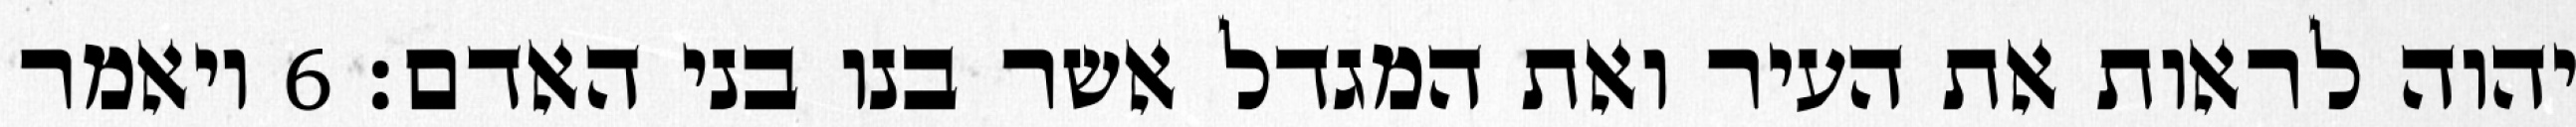
יהוה לראות את העיר ואת המגדל אשר בנו בני האדם׃ ‎6‏ ויאמר